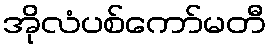
အိုလံပစ်ကော်မတီ